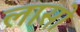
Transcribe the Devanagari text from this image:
लासो